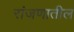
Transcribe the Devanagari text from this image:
रांजणातील